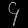
Digit: ၄